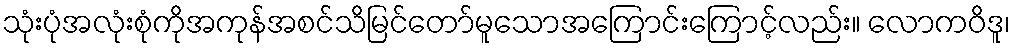
သုံးပုံအလုံးစုံကိုအကုန်အစင်သိမြင်တော်မူသောအကြောင်းကြောင့်လည်း။ လောကဝိဒူ၊